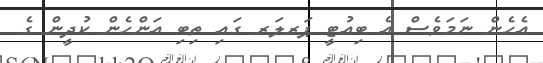
އެހެން ނަމަވެސް އެ ބިއުޓީ ޕަރލަރ ގައި ތިބި އަންހެން ކުދީން ގެ